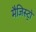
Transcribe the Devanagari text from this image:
मैजिस्ट्रो